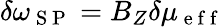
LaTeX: \delta\omega_{\mathrm{~S~P~}}=B_{Z}\delta\mu_{\mathrm{~e~f~f~}}